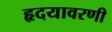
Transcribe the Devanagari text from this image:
हृदयावरणी